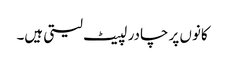
کانوں پر چادر لپیٹ لیتی ہیں۔